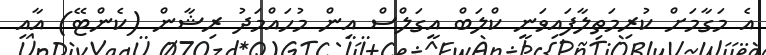
އެ މަގާމަށް ކުރިމަތިލާފައިވަނީ ކްލަބް އީގަލްސް އިން މުހައްމަދު ރިޝާން (ކެންޓޭ) އާއި